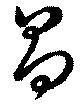
昌